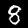
Label: 8